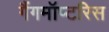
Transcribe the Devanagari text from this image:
गैंगमॉप्टरिस